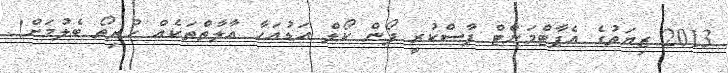
2013 ޒިޔަތުގެ އެޕާޓްމަންޓް ފާސްކުރީ ފޯން ކޯލް އަޑުއަހާ އާލާތްތަކެއް ހުރިތޯ ބެލުމަށް!